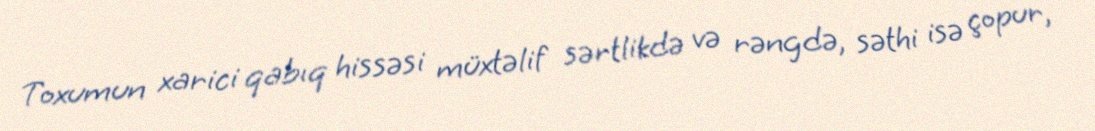
Toxumun xarici qabıq hissəsi müxtəlif sərtlikdə və rəngdə, səthi isə çopur,